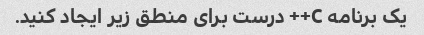
یک برنامه C++ درست برای منطق زیر ایجاد کنید.